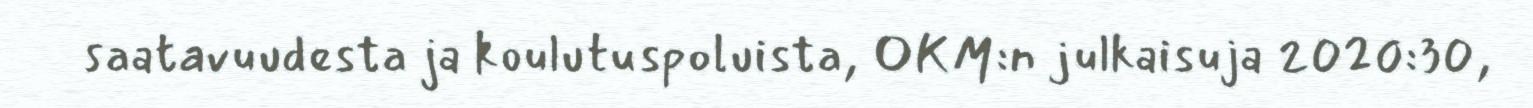
saatavuudesta ja koulutuspoluista, OKM:n julkaisuja 2020:30,